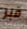
قبر